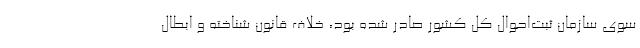
سوی سازمان ثبت‌احوال کل کشور صادر شده بود، خلاف قانون شناخته و ابطال